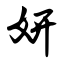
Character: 妍